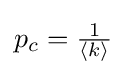
p_{c}={\tfrac {1}{\langle k\rangle }}